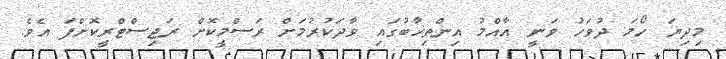
މިދިޔަ ހޯމަ ދުވަހު ވަނީ އާއްމު އިންތިޚާބުގައި ވާދަކުރުމަށް ރަސްމީކޮށް ރަޖިސްޓްރީކޮށްފަ އެވެ.